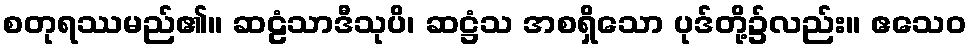
စတုရဿမည်၏။ ဆဠံသာဒီသုပိ၊ ဆဋ္ဌံသ အစရှိသော ပုဒ်တို့၌လည်း။ ဧသေဝ